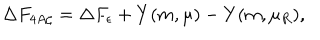
LaTeX: \Delta F _ { 4 A \zeta } = \Delta F _ { \epsilon } + Y ( m , \mu ) - Y ( m , \mu _ { R } ) ,